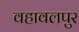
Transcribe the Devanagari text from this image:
वहावलपुर